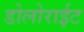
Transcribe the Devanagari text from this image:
डोलोराईट